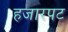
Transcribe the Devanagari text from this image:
हजारपट